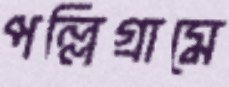
পল্লিগ্রামে